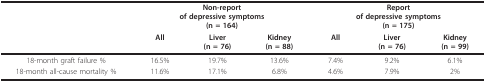
|  | <COLSPAN=3> Non-reportof depressive symptoms(n = 164) | <COLSPAN=3> Reportof depressive symptoms(n = 175) |
 |  | All | Liver(n = 76) | Kidney(n = 88) | All | Liver(n = 76) | Kidney(n = 99) |
 | --- | --- | --- | --- | --- | --- | --- |
 | 18-month graft failure % | 16.5% | 19.7% | 13.6% | 7.4% | 9.2% | 6.1% |
 | 18-month all-cause mortality % | 11.6% | 17.1% | 6.8% | 4.6% | 7.9% | 2% |